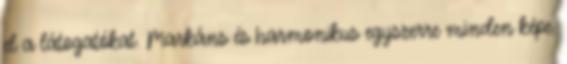
el a látogatókat. Markáns és harmonikus egyszerre minden képe.